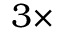
3 \times